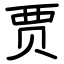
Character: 贾